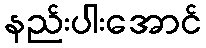
နည်းပါးအောင်